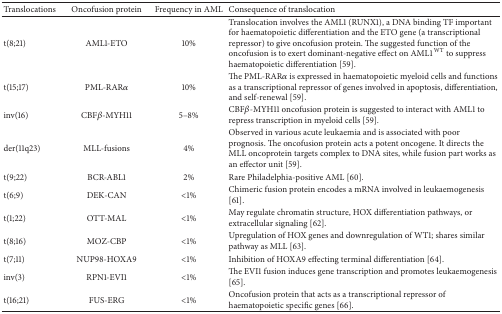
| Translocations | Oncofusion protein | Frequency in AML | Consequence of translocation |
 | --- | --- | --- | --- |
 | t(8;21) | AML1-ETO | 10% | Translocation involves the AML1 (RUNX1), a DNA binding TF important for haematopoietic differentiation and the ETO gene (a transcriptional repressor) to give oncofusion protein. The suggested function of the oncofusion is to exert dominant-negative effect on AML1WT to suppress haematopoietic differentiation [59]. |
 | t(15;17) | PML-RARα | 10% | The PML-RARα is expressed in haematopoietic myeloid cells and functions as a transcriptional repressor of genes involved in apoptosis, differentiation, and self-renewal [59]. |
 | inv(16) | CBFβ-MYH11 | 5–8% | CBFβ-MYH11 oncofusion protein is suggested to interact with AML1 to repress transcription in myeloid cells [59]. |
 | der(11q23) | MLL-fusions | 4% | Observed in various acute leukaemia and is associated with poor prognosis. The oncofusion protein acts a potent oncogene. It directs the MLL oncoprotein targets complex to DNA sites, while fusion part works as an effector unit [59]. |
 | t(9;22) | BCR-ABL1 | 2% | Rare Philadelphia-positive AML [60]. |
 | t(6;9) | DEK-CAN | <1% | Chimeric fusion protein encodes a mRNA involved in leukaemogenesis [61]. |
 | t(1;22) | OTT-MAL | <1% | May regulate chromatin structure, HOX differentiation pathways, or extracellular signaling [62]. |
 | t(8;16) | MOZ-CBP | <1% | Upregulation of HOX genes and downregulation of WT1; shares similar pathway as MLL [63]. |
 | t(7;11) | NUP98-HOXA9 | <1% | Inhibition of HOXA9 effecting terminal differentiation [64]. |
 | inv(3) | RPN1-EVI1 | <1% | The EVI1 fusion induces gene transcription and promotes leukaemogenesis [65]. |
 | t(16;21) | FUS-ERG | <1% | Oncofusion protein that acts as a transcriptional repressor of haematopoietic specific genes [66]. |